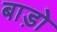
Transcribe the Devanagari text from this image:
बाड़ो